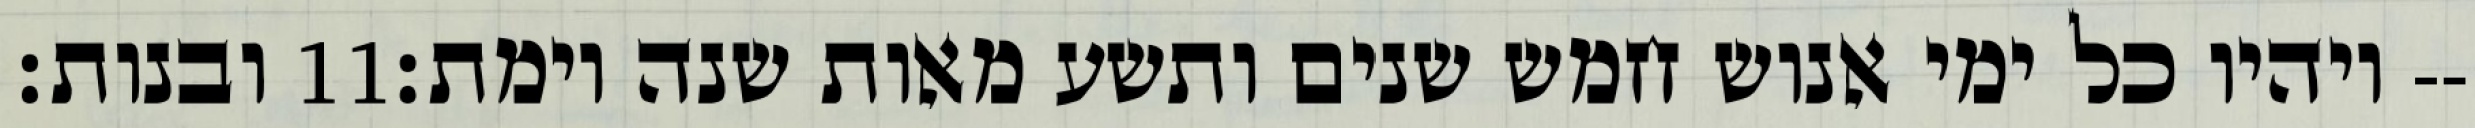
ובנות׃ ‎11‏ ויהיו כל ימי אנוש חמש שנים ותשע מאות שנה וימת׃--